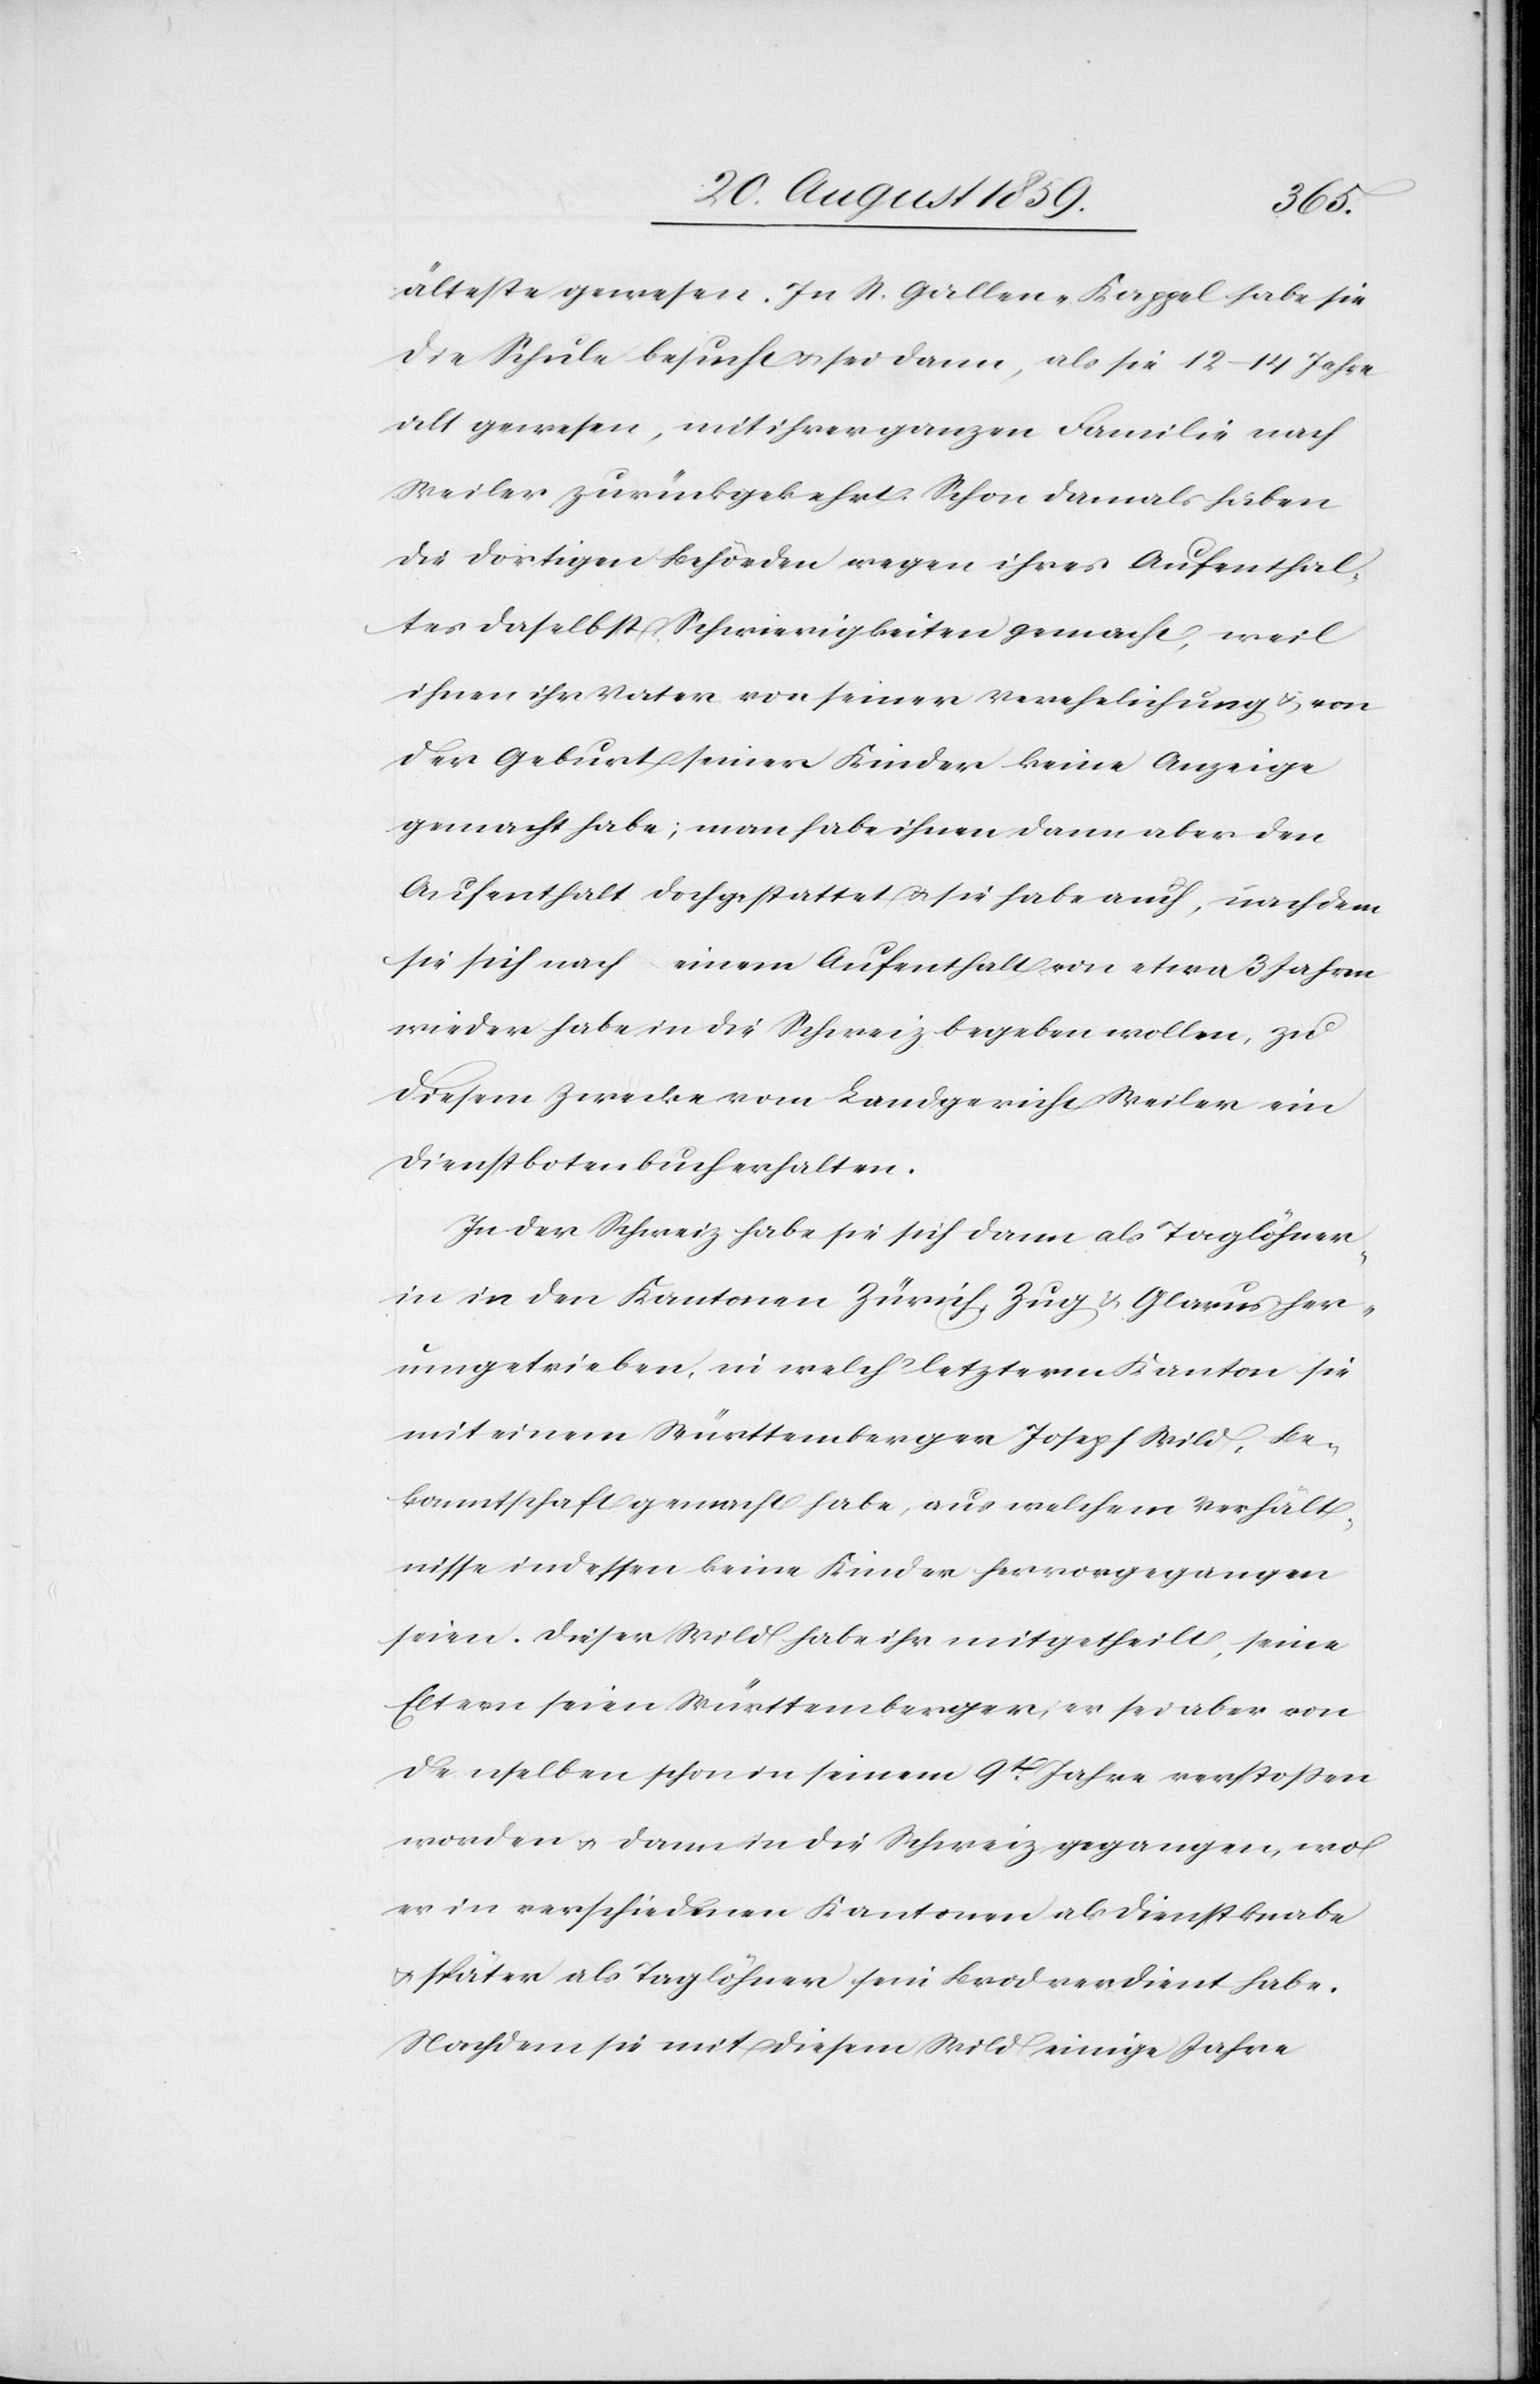
älteste gewesen. In St. Gallen-Kappel habe sie
die Schule besucht & sei dann, als sie 12–14 Jahre
alt gewesen, mit ihrer ganzen Familie nach
Weiler zurückgekehrt. Schon damals haben
die dortigen Behörden wegen ihres Aufenthal¬
tes daselbst Schwierigkeiten gemacht, weil
ihnen ihr Vater von seiner Verehelichung & von
der Geburt seiner Kinder keine Anzeige
gemacht habe; man habe ihnen dann aber den
Aufenthalt doch gestattet & sie habe auch, nachdem
sie sich nach einem Aufenthalt von etwa 3 Jahren
wieder habe in die Schweiz begeben wollen, zu
diesem Zwecke vom Landgericht Weiler ein
Dienstbotenbuch erhalten.
In der Schweiz habe sie sich dann als Taglöhner¬
in in den Kantonen Zürich, Zug & Glarus her¬
umgetrieben, in welch’ letzterem Kanton sie
mit einem Württemberger Joseph Wild, Be¬
kanntschaft gemacht habe, aus welchem Verhält¬
nisse indessen keine Kinder hervorgegangen
seien. Dieser Wild habe ihr mitgetheilt, seine
Eltern seien Württemberger, er sei aber von
denselben schon in seinem 9t. Jahre verstoßen
worden & dann in die Schweiz gegangen, wo
er in verschiedenen Kantonen als Dienstknabe
& später als Taglöhner sein Brod verdient habe.
Nachdem sie mit diesem Wild einige Jahre